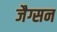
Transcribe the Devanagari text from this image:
जैग्सन